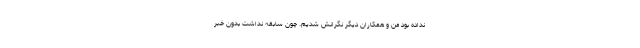
نداده بود من و همکاران دیگر نگرانش شدیم. چون سابقه نداشت بدون خبر